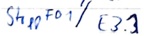
Text: StoppFD1/ E3.3